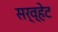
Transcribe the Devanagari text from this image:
सर्व्हेट